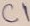
Text: C1